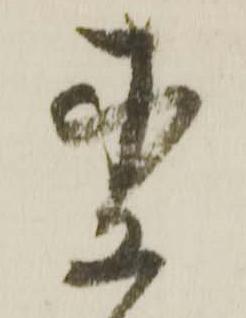
杢